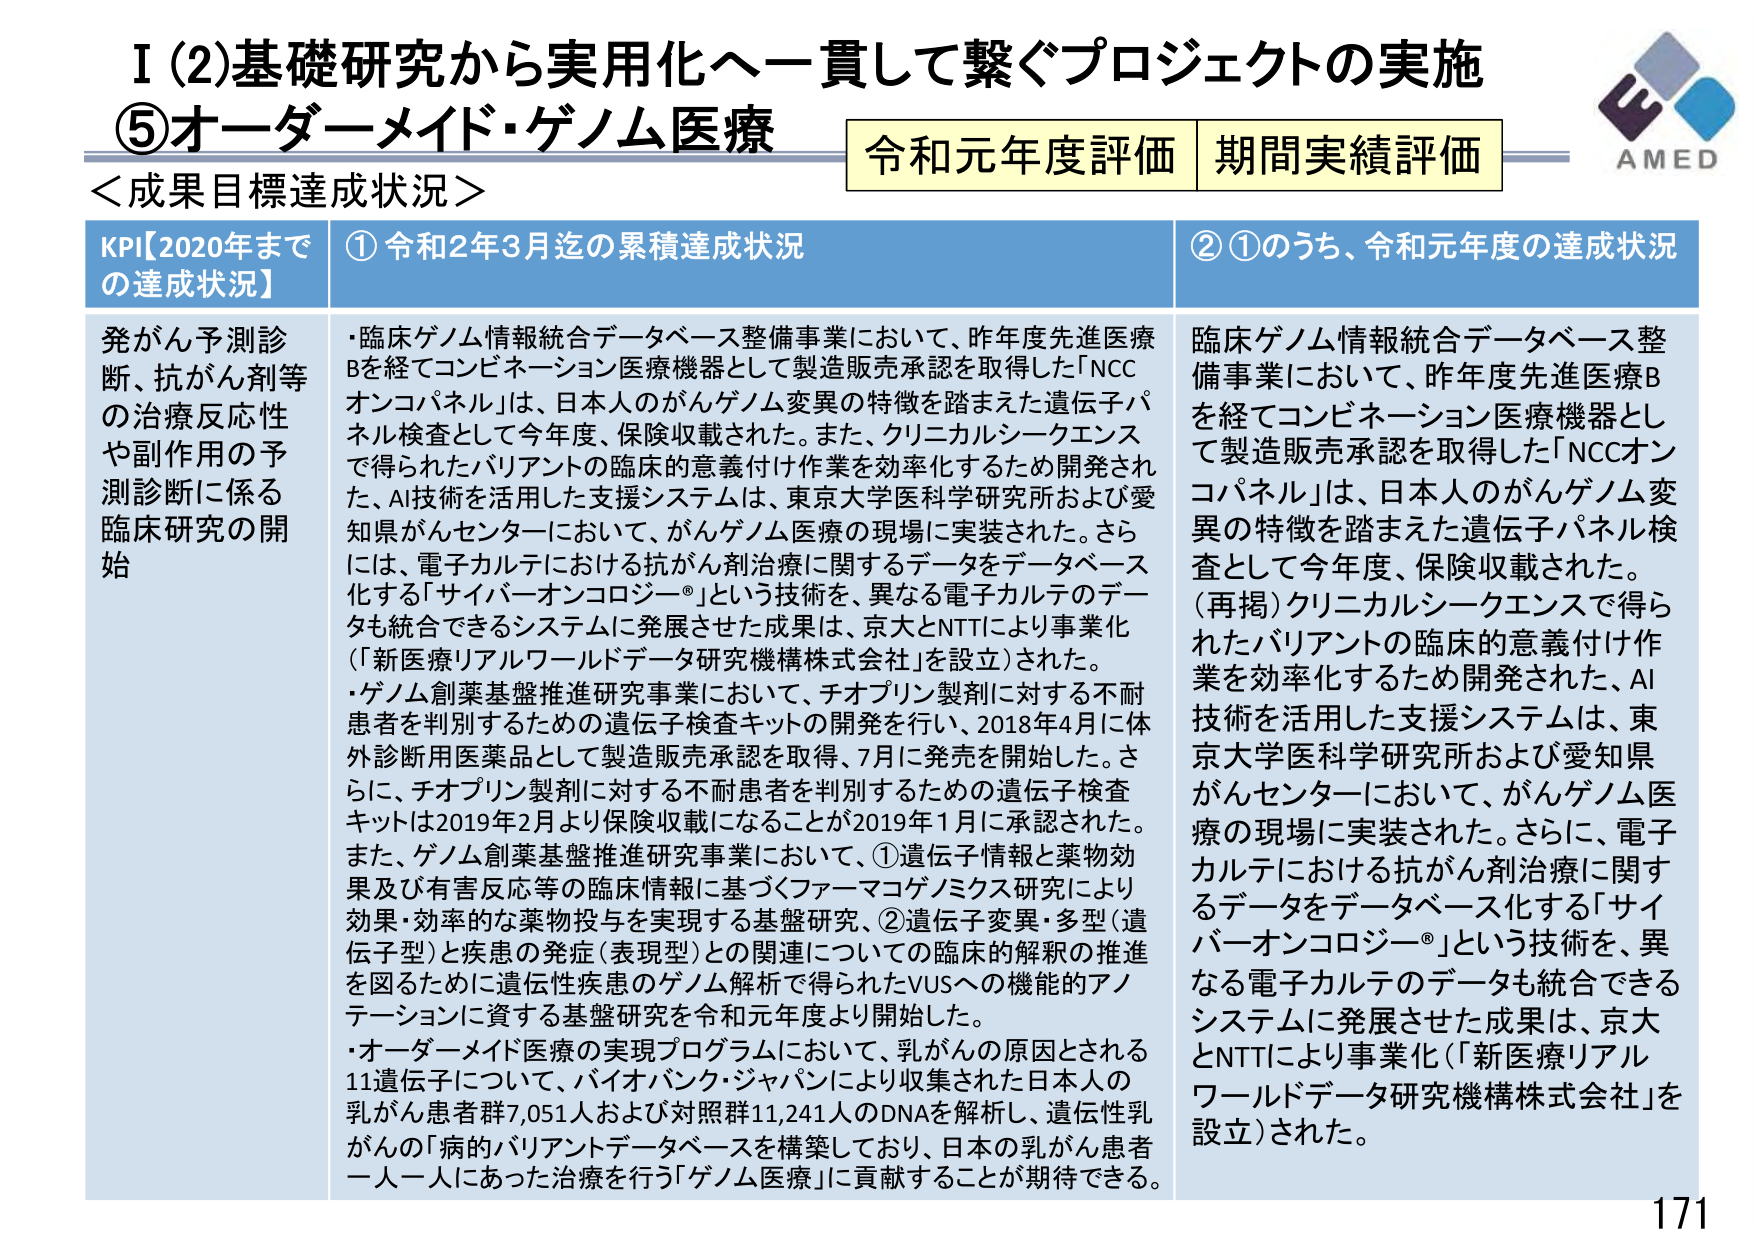
I (2) 基礎研究から実用化へ一貫して繋ぐプロジェクトの実施
⑤ オーダーメイド・ゲノム医療
＜成果目標達成状況＞
令和元年度評価 期間実績評価
AMED

KPI【2020年までの達成状況】
① 令和2年3月迄の累積達成状況
② ①のうち、令和元年度の達成状況

発がん予測診断、抗がん剤等の治療反応性や副作用の予測診断に係る臨床研究の開始

・臨床ゲノム情報統合データベース整備事業において、昨年度先進医療Bを経てコンビネーション医療機器として製造販売承認を取得した「NCCオンコパネル」は、日本人のがんゲノム変異の特徴を踏まえた遺伝子パネル検査として今年度、保険収載された。また、クリニカルシークエンスで得られたバリアントの臨床的意義付け作業を効率化するため開発された、AI技術を活用した支援システムは、東京大学医科学研究所および愛知県がんセンターにおいて、がんゲノム医療の現場に実装された。さらに、電子カルテにおける抗がん剤治療に関するデータをデータベース化する「サイバーオンコロジー®」という技術を、異なる電子カルテのデータも統合できるシステムに発展させた成果は、京大とNTTにより事業化（「新医療リアルワールドデータ研究機構株式会社」を設立）された。

・ゲノム創薬基盤推進研究事業において、チョプリン製剤に対する不耐患者を判別するための遺伝子検査キットの開発を行い、2018年4月に体外診断用医薬品として製造販売承認を取得、7月に発売を開始した。さらに、チョプリン製剤に対する不耐患者を判別するための遺伝子検査キットは2019年2月より保険収載になることが2019年1月に承認された。また、ゲノム創薬基盤推進研究事業において、①遺伝子情報と薬物効果及び有害反応等の臨床情報に基づくファーマコゲノミクス研究により効果・効率的な薬物投与を実現する基盤研究、②遺伝子変異・多型（遺伝子型）と疾患の発症（表現型）との関連についての臨床的解釈の推進を図るために遺伝性疾患のゲノム解析で得られたVUSへの機能的アノテーションに資する基盤研究を令和元年度より開始した。

・オーダーメイド医療の実現プログラムにおいて、乳がんの原因とされる11遺伝子について、バイオバンク・ジャパンにより収集された日本人の乳がん患者群7,051人および対照群11,241人のDNAを解析し、遺伝性乳がんの「病のバリアントデータベースを構築しており、日本の乳がん患者一人一人にあった治療を行う「ゲノム医療」に貢献することが期待できる。

臨床ゲノム情報統合データベース整備事業において、昨年度先進医療Bを経てコンビネーション医療機器として製造販売承認を取得した「NCCオンコパネル」は、日本人のがんゲノム変異の特徴を踏まえた遺伝子パネル検査として今年度、保険収載された。
（再掲）クリニカルシークエンスで得られたバリアントの臨床的意義付け作業を効率化するため開発された、AI技術を活用した支援システムは、東京大学医科学研究所および愛知県がんセンターにおいて、がんゲノム医療の現場に実装された。さらに、電子カルテにおける抗がん剤治療に関するデータをデータベース化する「サイバーオンコロジー®」という技術を、異なる電子カルテのデータも統合できるシステムに発展させた成果は、京大とNTTにより事業化（「新医療リアルワールドデータ研究機構株式会社」を設立）された。

171